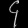
Digit: ၄